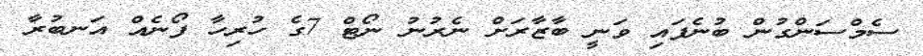
ސެމްސަންގުން ބުނެފައި ވަނީ ބާޒާރަށް ނެރުނު ނޯޓް 7ގެ ހުރިހާ ފޯނެއް އަނބުރާ